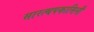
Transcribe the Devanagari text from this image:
सारत्थपकासिनी